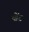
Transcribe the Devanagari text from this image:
थोंट